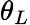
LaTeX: \theta_{L}